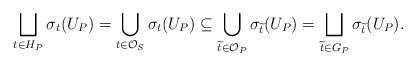
\begin{align*} \bigsqcup_{t\in H_P} \sigma_t(U_P) = \bigcup_{t\in \mathcal{O}_S} \sigma_t(U_P) \subseteq \bigcup_{\widetilde{t}\in \mathcal{O}_P} \sigma_{\widetilde{t}}(U_P) = \bigsqcup_{\widetilde{t}\in G_P} \sigma_{\widetilde{t}}(U_P). \end{align*}